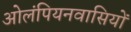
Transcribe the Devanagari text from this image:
ओलंपियनवासियों